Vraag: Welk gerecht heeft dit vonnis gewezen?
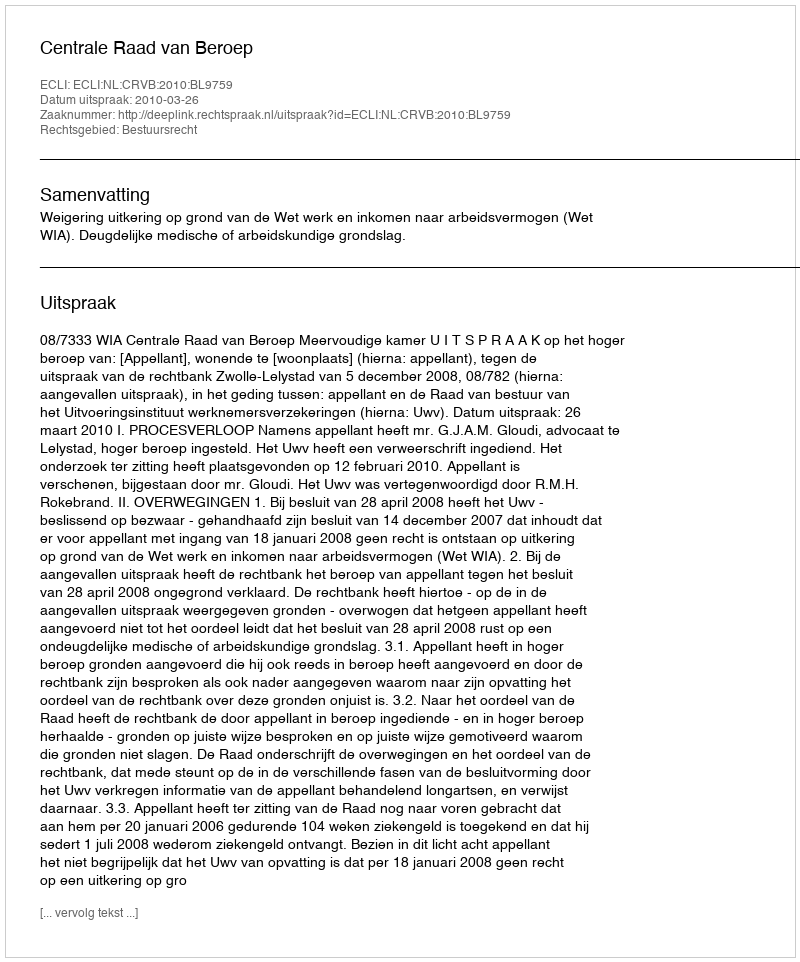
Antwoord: Centrale Raad van Beroep